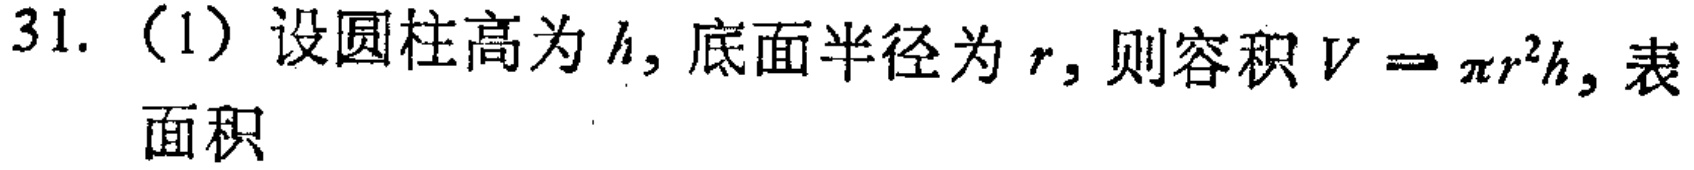
31. （1）设圆柱高为\(h\)，底面半径为\(r\)，则容积\(V = \pi r^{2}h\)，表面积